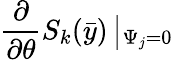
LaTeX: \frac{\partial}{\partial\theta}S_{k}(\bar{y})\left|_{\Psi_{j}=0}\right.